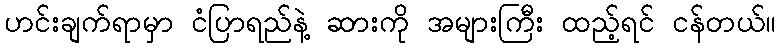
ဟင်းချက်ရာမှာ ငံပြာရည်နဲ့ ဆားကို အများကြီး ထည့်ရင် ငန်တယ်။